Civil Veterinary Department ledger series I-VI
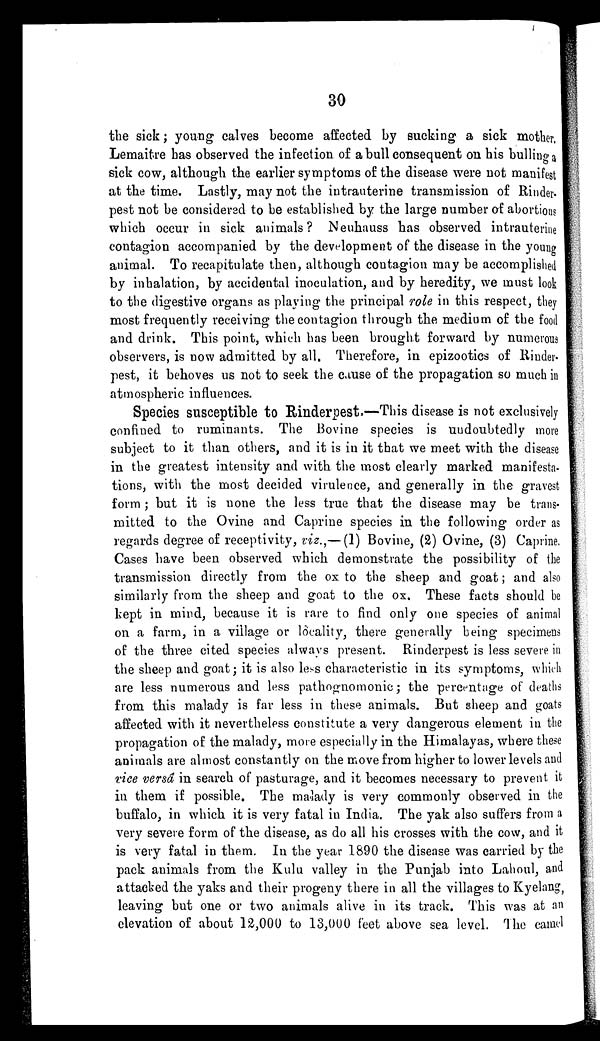
30
the sick; young calves become affected by sucking a sick mother.
Lemaitre has observed the infection of a bull consequent on his bulling a
sick cow, although the earlier symptoms of the disease were not manifest
at the time. Lastly, may not the intrauterine transmission of Rinder-
pest not be considered to be established by the large number of abortions
which occur in sick animals ? Neuhauss has observed intrauterine
contagion accompanied by the development of the disease in the young
animal. To recapitulate then, although contagion may be accomplished
by inhalation, by accidental inoculation, and by heredity, we must look
to the digestive organs as playing the principal role in this respect, they
most frequently receiving the contagion through the medium of the food
and drink. This point, which has been brought forward by numerous
observers, is now admitted by all. Therefore, in epizootics of Rinder-
pest, it behoves us not to seek the cause of the propagation so much in
atmospheric influences.
Species susceptible to Rinderpest.—This disease is not exclusively
confined to ruminants. The Bovine species is undoubtedly more
subject to it than others, and it is in it that we meet with the disease
in the greatest intensity and with the most clearly marked manifesta-
tions, with the most decided virulence, and generally in the gravest
form; but it is none the less true that the disease may be trans-
mitted to the Ovine and Caprine species in the following order as
regards degree of receptivity, viz.,—(1) Bovine, (2) Ovine, (3) Caprine.
Cases have been observed which demonstrate the possibility of the
transmission directly from the ox to the sheep and goat ; and also
similarly from the sheep and goat to the ox. These facts should be
kept in mind, because it is rare to find only one species of animal
on a farm, in a village or locality, there generally being specimens
of the three cited species always present. Rinderpest is less severe in
the sheep and goat; it is also less characteristic in its symptoms, which
are less numerous and less pathognomonic; the percentage of deaths
from this malady is far less in these animals. But sheep and goats
affected with it nevertheless constitute a very dangerous element in the
propagation of the malady, more especially in the Himalayas, where these
animals are almost constantly on the move from higher to lower levels and
vice versâ in search of pasturage, and it becomes necessary to prevent it
in them if possible. The malady is very commonly observed in the
buffalo, in which it is very fatal in India. The yak also suffers from a
very severe form of the disease, as do all his crosses with the cow, and it
is very fatal in them. In the year 1890 the disease was carried by the
pack animals from the Kulu valley in the Punjab into Lahoul, and
attacked the yaks and their progeny there in all the villages to Kyelang,
leaving but one or two animals alive in its track. This was at an
elevation of about 12,000 to 13,000 feet above sea level. The camel